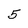
Character: 5